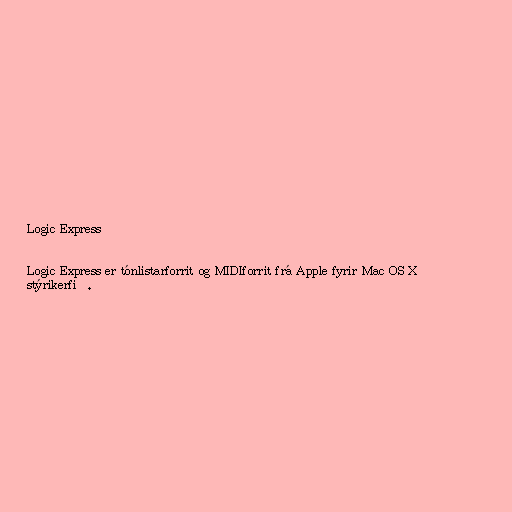
Logic Express

Logic Express er tónlistarforrit og MIDIforrit frá Apple fyrir Mac OS X
stýrikerfið.